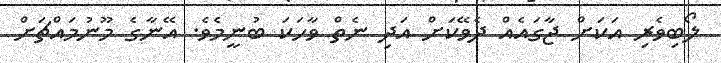
ލޯބިވެރި އަކަށް ޖާގައެއް ދެވޭކަށް އަދި ނެތް ވާހަކަ ބުނީމެވެ. އޭނާގެ މޫނުމައްޗަށް